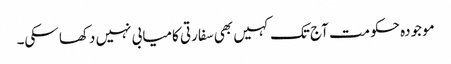
موجودہ حکومت آج تک کہیں بھی سفارتی کامیابی نہیں دکھا سکی۔